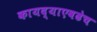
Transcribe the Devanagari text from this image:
कायद्याएवढेच